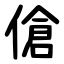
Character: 傖